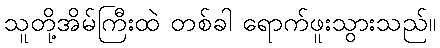
သူတို့အိမ်ကြီးထဲ တစ်ခါ ရောက်ဖူးသွားသည်။